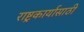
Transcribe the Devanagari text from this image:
राष्ट्रकार्यासाठी